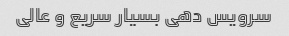
سرویس دهی بسیار سریع و عالی